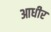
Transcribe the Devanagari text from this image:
आधीर